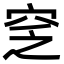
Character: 窆